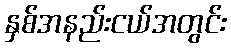
နှစ်အနည်းငယ်အတွင်း